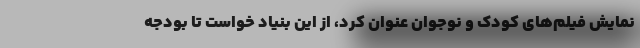
نمایش فیلم‌های کودک و نوجوان عنوان کرد، از این بنیاد خواست تا بودجه